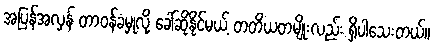
အပြန်အလှန် တာဝန်ခံမှုလို့ ခေါ်ဆိုနိုင်မယ့် တတိယတမျိုးလည်း ရှိပါသေးတယ်။